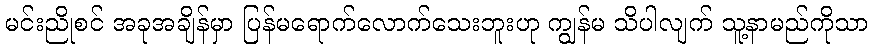
မင်းညိုစင် အခုအချိန်မှာ ပြန်မရောက်လောက်သေးဘူးဟု ကျွန်မ သိပါလျက် သူ့နာမည်ကိုသာ